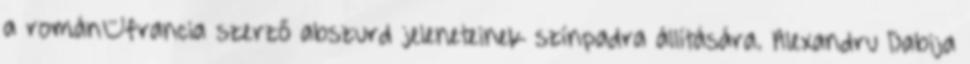
a román–francia szerző abszurd jeleneteinek színpadra állítására. Alexandru Dabija